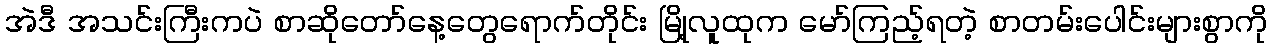
အဲဒီ အသင်းကြီးကပဲ စာဆိုတော်နေ့တွေရောက်တိုင်း မြို့လူထုက မော်ကြည့်ရတဲ့ စာတမ်းပေါင်းများစွာကို